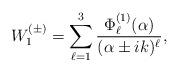
\begin{align*}W^{(\pm)}_1=\sum_{\ell=1}^{3}\frac{\Phi^{(1)}_{\ell}(\alpha)}{(\alpha\pm ik)^{\ell}},\end{align*}